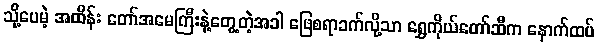
သို့ပေမဲ့ အထိန်း တော်အမေကြီးနဲ့တွေ့တဲ့အခါ ဖြေစရာခက်လို့သာ ရွှေကိုယ်တော်ဆီက နောက်ထပ်